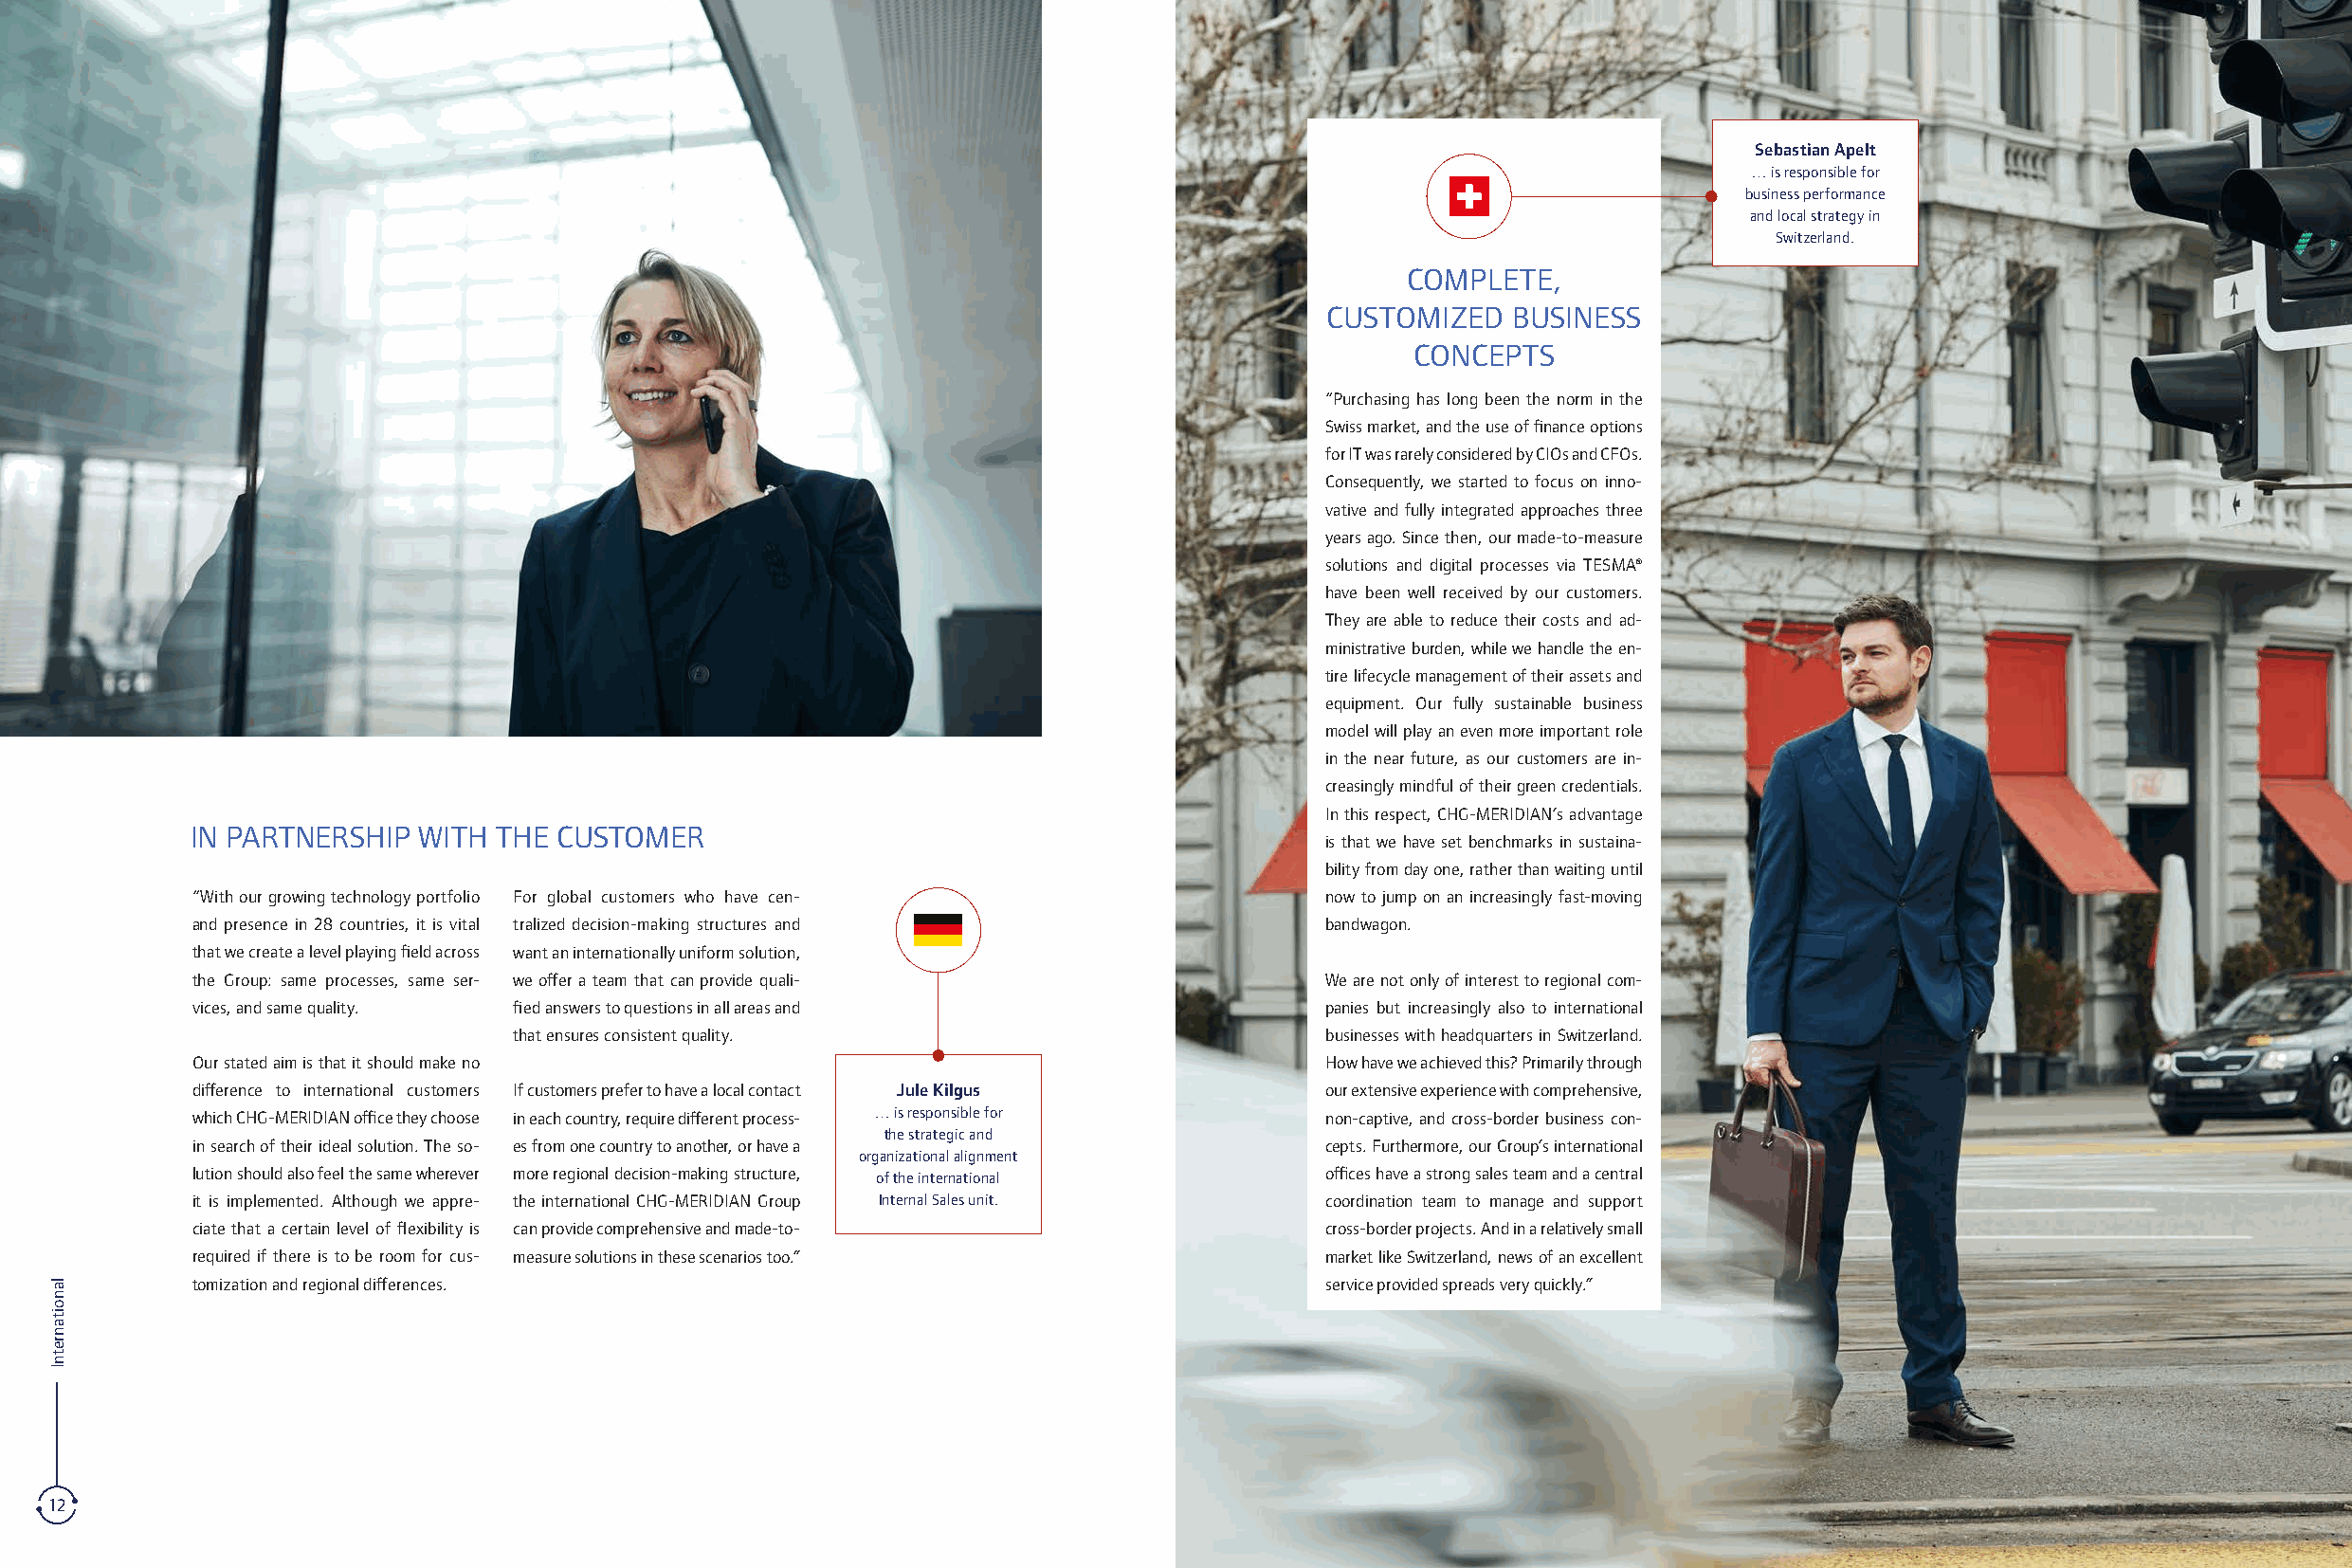
Sebastian Apelt
 … is responsible for
 business performance
 and local strategy in
 Switzerland.
 COMPLETE,
 CUSTOMIZED   BUSINESS
 CONCEPTS
 “Purchasing has long been the norm in the
 Swiss market, and the use of finance options
 for IT was rarely considered by CIOs and CFOs.
 Consequently, we started to focus on inno-
 vative and fully integrated approaches three
 years ago. Since then, our made-to-measure
 solutions and digital processes via TESMA®
 have been well received by our customers.
 They are able to reduce their costs and ad-
 ministrative burden, while we handle the en-
 tire lifecycle management of their assets and
 equipment. Our fully sustainable business
 model will play an even more important role
 in the near future, as our customers are in-
 creasingly mindful of their green credentials.
 In this respect, CHG-MERIDIAN’s advantage
 IN PARTNERSHIP  WITH  THE CUSTOMER
 is that we have set benchmarks in sustaina-
 bility from day one, rather than waiting until
 “With our growing technology portfolio For global customers who have cen-       now to jump on an increasingly fast-moving
 and presence in 28 countries, it is vital t rali zed decision-making structures and bandwagon.
 that we create a level playing field across want an internationally uniform solution,
 the Group: same processes, same ser- we offer a team that can provide quali-    We are not only of interest to regional com-
 vices, and same quality. fied answers to questions in all areas and             panies but increasingly also to international
 that ensures consistent quality.                         businesses with headquarters in Switzerland.
 Our stated aim is that it should make no                                        How have we achieved this? Primarily through
 difference to international cus tomers If customers prefer to have a local contact Jule Kilgus our extensive experience with comprehensive,
 which CHG-MERIDIAN office they choose in each country, require different process- … is responsible for non-captive, and cross-border business con-
 the strategic and
 in search of their ideal solution. The so- es from one country to another, or have a cepts. Furthermore, our Group’s international
 organizational alignment
 lution should also feel the same wherever more regional decision-making structure, of the international offices have a strong sales team and a central
 it is implemented. Although we appre- the international CHG-MERIDIAN Group Internal Sales unit. coordination team to manage and support
 ciate that a certain level of flexibility is can provide comprehensive and made-to- cross-border projects. And in a relatively small
 required if there is to be room for cus- measure solutions in these scenarios too.” market like Switzerland, news of an excellent
 tomization and regional differences.                                            service provided spreads very quickly.”
 12                                                                                                                                                           13
 lanoitanretnI                                                                                                                                               lanoitanretnI